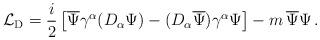
LaTeX: \begin{align*} {\mathcal L}_{\rm D} = \frac{i}{2}\left[\overline{\Psi}\gamma^\alpha (D_\alpha\Psi)- (D_\alpha\overline{\Psi})\gamma^\alpha\Psi \right]-m\,\overline{\Psi}\Psi\,.\end{align*}